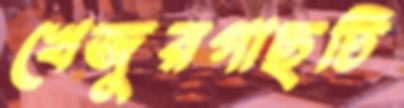
খেজুরগাছটি